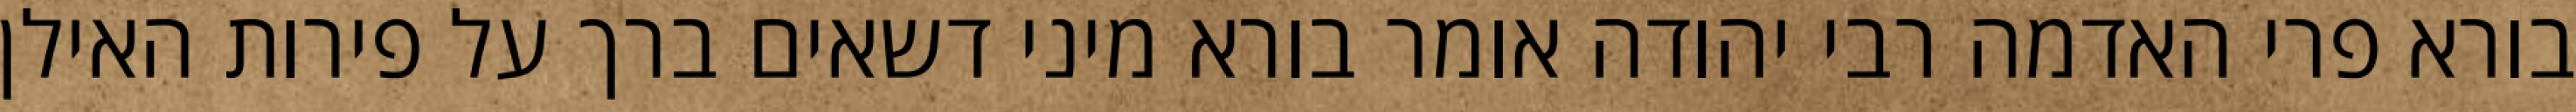
בורא פרי האדמה רבי יהודה אומר בורא מיני דשאים ברך על פירות האילן